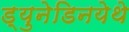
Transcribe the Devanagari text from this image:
ड्युनेडिनयेथे